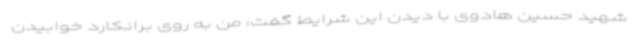
شهید حسین هادوی با دیدن این شرایط گفت: من به روی برانکارد خوابیدن